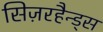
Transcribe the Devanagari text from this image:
सिज़रहैन्ड्स